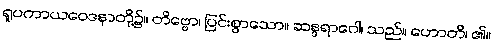
ရူပကာယဝေဒနာတို့၌။ တိဗ္ဗော၊ ပြင်းစွာသော။ ဆန္ဒရာဂေါ၊ သည်။ ဟောတိ၊ ၏။